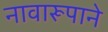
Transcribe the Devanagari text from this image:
नावारूपाने